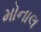
મોનાલ